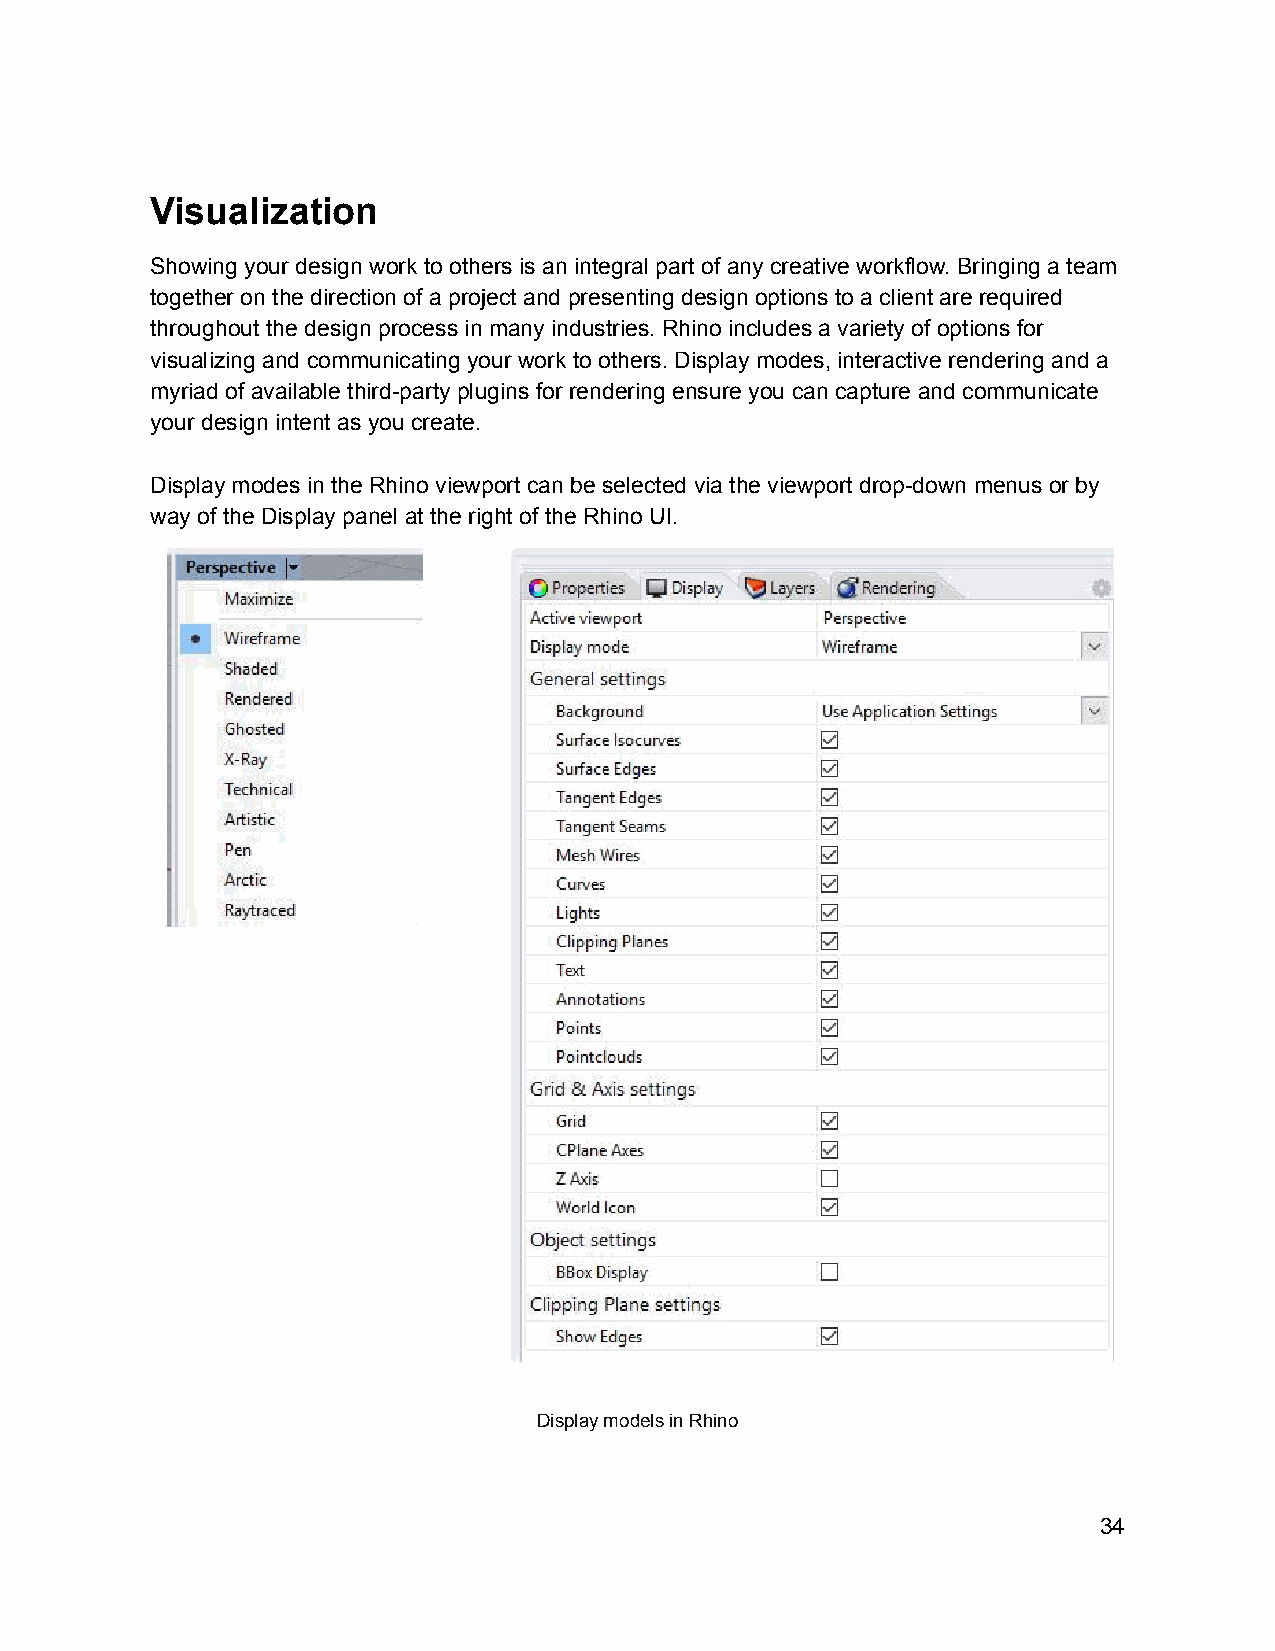
Visualization
 Showing your design work to others is an integral part of any creative workflow. Bringing a team
 together on the direction of a project and presenting design options to a client are required
 throughout the design process in many industries. Rhino includes a variety of options for
 visualizing and communicating your work to others. Display modes, interactive rendering and a
 myriad of available third-party plugins for rendering ensure you can capture and communicate
 your design intent as you create.
 Display modes in the Rhino viewport can be selected via the viewport drop-down menus or by
 way of the Display panel at the right of the Rhino UI.
 Display models in Rhino
 34